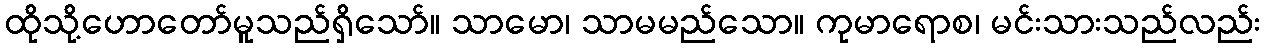
ထိုသို့ဟောတော်မူသည်ရှိသော်။ သာမော၊ သာမမည်သော။ ကုမာရောစ၊ မင်းသားသည်လည်း